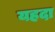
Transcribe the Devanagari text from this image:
यहदा